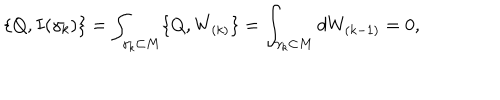
\{ Q , I ( \gamma _ { k } ) \} = \int _ { \gamma _ { k } \subset M } \{ Q , W _ { ( k ) } \} = \int _ { \gamma _ { k } \subset M } d W _ { ( k - 1 ) } = 0 ,